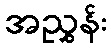
အညွှန်း